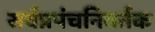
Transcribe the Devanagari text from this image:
सर्वप्रपंचनिवर्तक